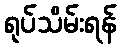
ရုပ်သိမ်းရန်